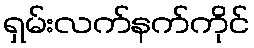
ရှမ်းလက်နက်ကိုင်